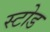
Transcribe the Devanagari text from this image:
स्टोड